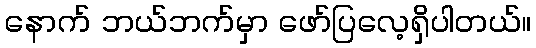
နောက် ဘယ်ဘက်မှာ ဖော်ပြလေ့ရှိပါတယ်။